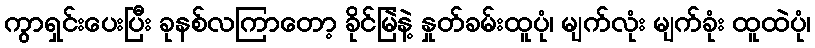
ကွာရှင်းပေးပြီး ခုနစ်လကြာတော့ ခိုင်မြဲနဲ့ နှုတ်ခမ်းထူပုံ၊ မျက်လုံး မျက်ခုံး ထူထဲပုံ၊